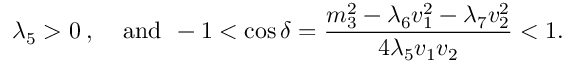
\lambda _ { 5 } > 0 \: , \: \: \: \: \: \mathrm { a n d } \: \: - 1 < \cos \delta = \frac { m _ { 3 } ^ { 2 } - \lambda _ { 6 } v _ { 1 } ^ { 2 } - \lambda _ { 7 } v _ { 2 } ^ { 2 } } { 4 \lambda _ { 5 } v _ { 1 } v _ { 2 } } < 1 .